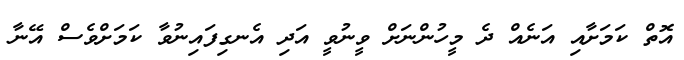
އޮތް ކަމަށާއި އަނެއް ދެ މީހުންނަށް ވީނުވީ އަދި އެނގިފައިނުވާ ކަމަށްވެސް އޭނާ